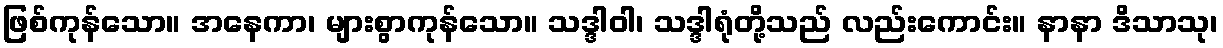
ဖြစ်ကုန်သော။ အနေကာ၊ များစွာကုန်သော။ သဒ္ဒါဝါ၊ သဒ္ဒါရုံတို့သည် လည်းကောင်း။ နာနာ ဒိသာသု၊